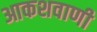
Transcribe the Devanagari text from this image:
आकशवाणी